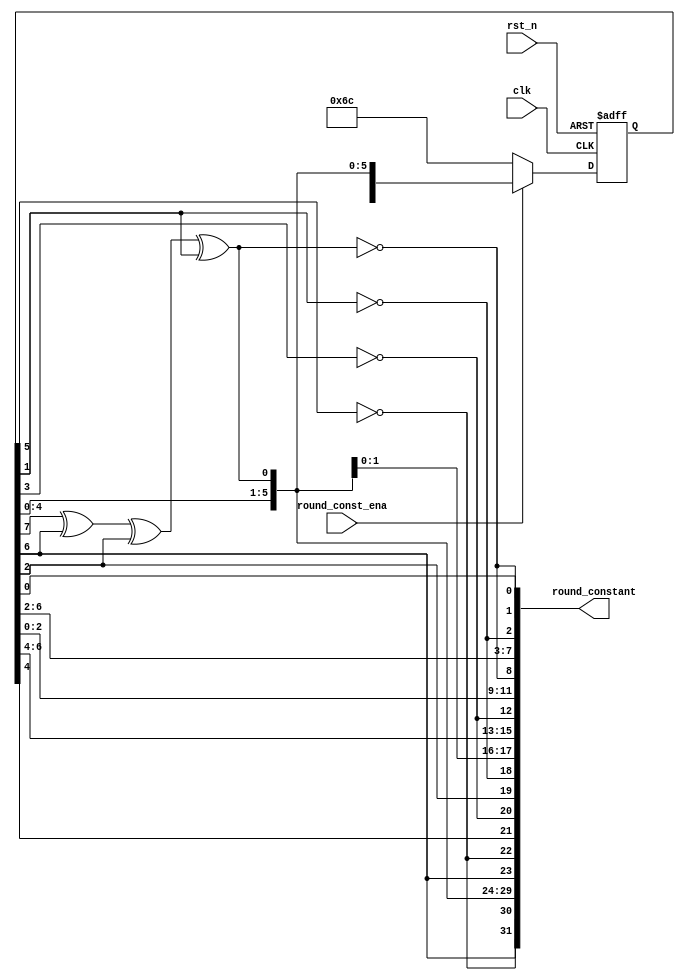
`timescale 1ns / 1ps
//////////////////////////////////////////////////////////////////////////////////
// Company: 
// Engineer: 
// 
// Design Name: 
// Module Name:    round_constant_gen 
// Project Name: 
// Target Devices: 
// Tool versions: 
// Description: 
//
// Dependencies: 
//
// Revision: 
// Revision 0.01 - File Created
// Additional Comments: 
//
//////////////////////////////////////////////////////////////////////////////////
module round_constant_gen(
	input 			clk,
    input 			rst_n,
	
    input 			round_const_ena,
    output [31:0] 	round_constant
    );
	
	wire [7:0] 	round_constant_p3, round_constant_p2, round_constant_p1, round_constant_p0;
	wire [8:0] 	LFSR_d;
	reg  [7:0] 	LFSR_q;
	
	assign LFSR_d = {LFSR_q,
                 LFSR_q[7] ^ LFSR_q[6] ^ LFSR_q[2] ^ LFSR_q[1]
    };
	
	assign round_constant_p3 = {LFSR_d[7], ~LFSR_d[6], LFSR_d[5:0]};
	assign round_constant_p2 = {LFSR_d[7], ~LFSR_d[6], LFSR_d[5], ~LFSR_d[4], LFSR_d[3], ~LFSR_d[2], LFSR_d[1:0]};
	assign round_constant_p1 = {LFSR_d[7:5], ~LFSR_d[4], LFSR_d[3:1], ~LFSR_d[0]};
	assign round_constant_p0 = {LFSR_d[7:3], ~LFSR_d[2], LFSR_d[1], ~LFSR_d[0]};
	
	assign round_constant = {round_constant_p3,
							round_constant_p2,
							round_constant_p1,
							round_constant_p0
	};
	
	always@(posedge clk or negedge rst_n) begin
		if (!rst_n) begin
			LFSR_q <= 8'b0;
		end        
		else if (!round_const_ena) begin
			LFSR_q <= 8'b01101100;
		end
		else if (round_const_ena) begin
			LFSR_q <= LFSR_d[7:0];
		end
	end
	
endmodule